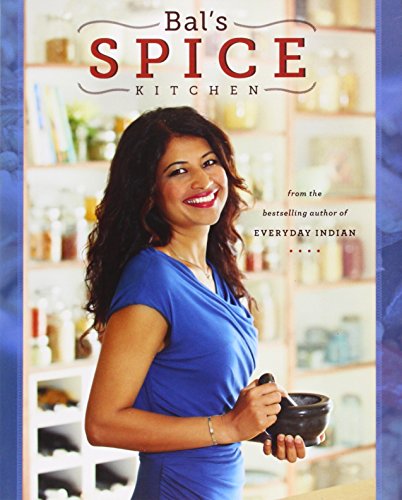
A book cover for Bal's Spice Kitchen; Bal Arneson; Cookbooks, Food & Wine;